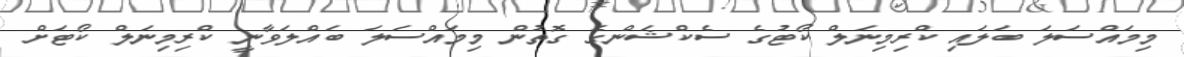
މިމައްސަލަ ބަލައި ކްރިމިނަލް ކޯޓުގެ ސެކްޝަންގެ ގޮތުން މިމައްސަލަ ބައްލަވާނީ ކްރިމިނަލް ކޯޓަށް